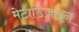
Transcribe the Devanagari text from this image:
मेटाडिज़ाइन